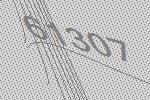
61307